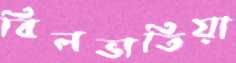
বিলভাতিয়া